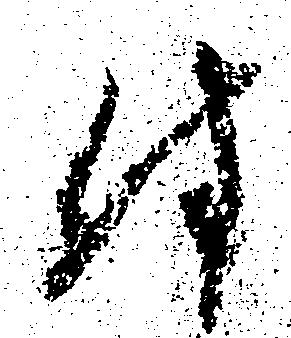
付